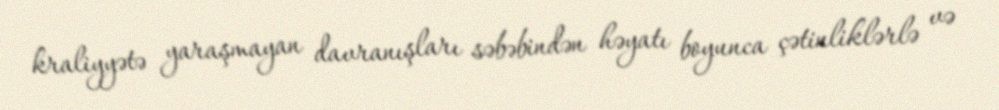
kraliyyətə yaraşmayan davranışları səbəbindən həyatı boyunca çətinliklərlə və